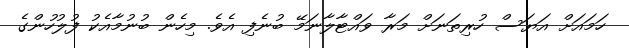
ހަމައަށް އަޔަސް ހުރިތަނަށް މަރާ ވައްޓާލާނަމޭ ބުނެފި އެވެ. މިހެން ބުނުމާއެކު ފުލުހުންގެ